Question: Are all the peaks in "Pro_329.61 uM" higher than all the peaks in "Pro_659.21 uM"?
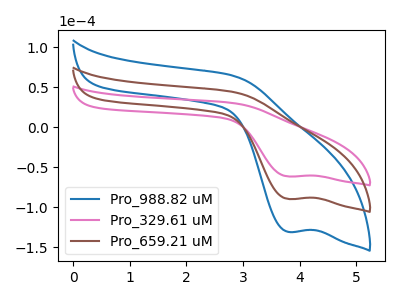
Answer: <think>The blue curve "Pro_988.82 uM" has a cathodic peak at: (3.80V, -179.55uA). The pink curve "Pro_329.61 uM" has a cathodic peak at: (3.80V, -61.55uA). The brown curve "Pro_659.21 uM" has a cathodic peak at: (3.80V, -89.80uA).</think>
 <answer>Every peak in "Pro_329.61 uM" is lower than every peak in "Pro_659.21 uM".</answer>
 <eval>lower</eval>